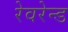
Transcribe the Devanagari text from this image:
रेवरेन्ड